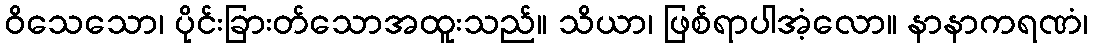
ဝိသေသော၊ ပိုင်းခြားတ်သောအထူးသည်။ သိယာ၊ ဖြစ်ရာပါအံ့လော။ နာနာကရဏံ၊